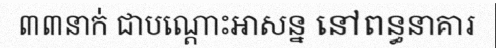
៣៣នាក់ ជាបណ្តោះអាសន្ន នៅពន្ធនាគារ